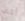
أخف